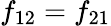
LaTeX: f_{12}=f_{21}